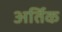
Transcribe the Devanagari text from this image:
अर्तिक